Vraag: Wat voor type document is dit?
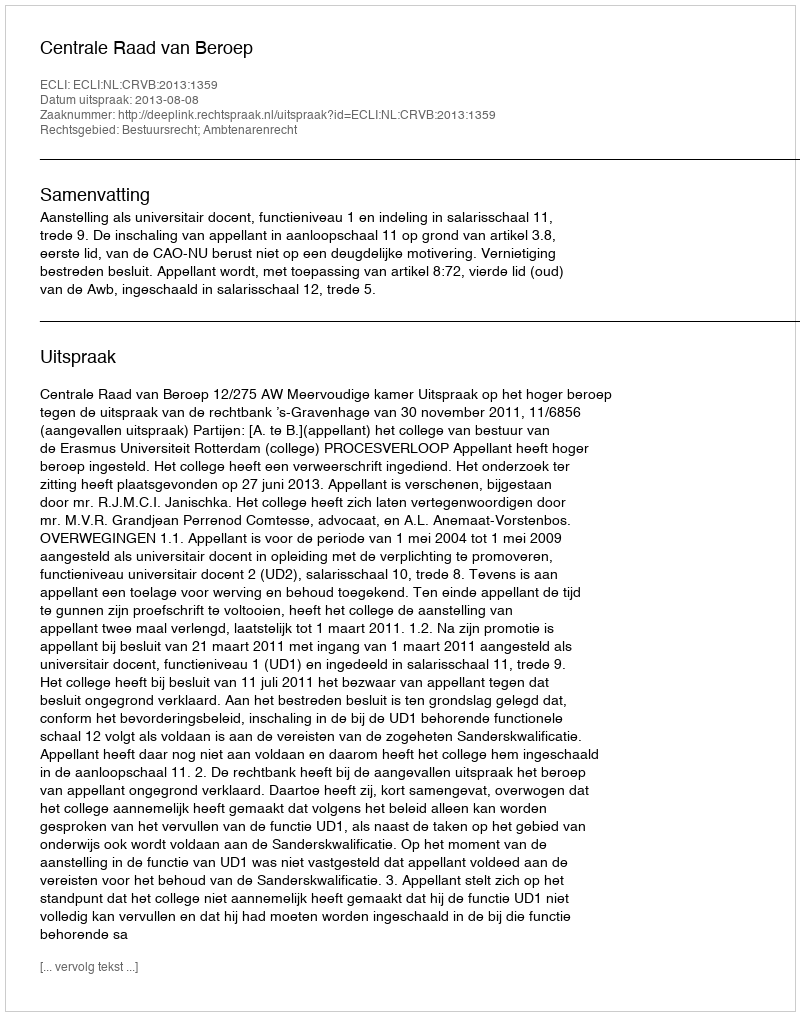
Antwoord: Uitspraak